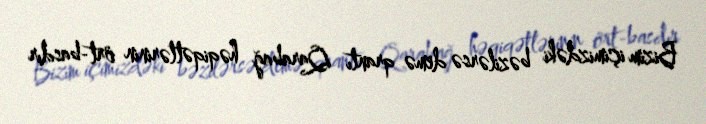
Bizim içimizdəki bəzilərsə demə qrantı Qarabağ həqiqətlərinin ört-basdır